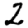
Digit: 2